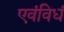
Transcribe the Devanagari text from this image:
एवंविधं